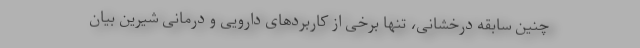
چنین سابقه درخشانی، تنها برخی از کاربردهای دارویی و درمانی شیرین بیان